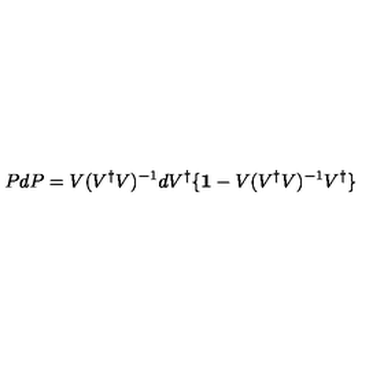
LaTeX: P d P = V ( V ^ { \dagger } V ) ^ { - 1 } d V ^ { \dagger } \{ { \bf 1 } - V ( V ^ { \dagger } V ) ^ { - 1 } V ^ { \dagger } \}